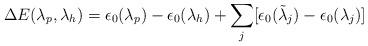
LaTeX: \begin{align*} \Delta E(\lambda_p,\lambda_h) = \epsilon_0(\lambda_p) - \epsilon_0(\lambda_h) +\sum_j[\epsilon_0(\tilde{\lambda}_j) - \epsilon_0(\lambda_j)]\end{align*}